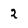
Character: 2